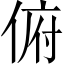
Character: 俯